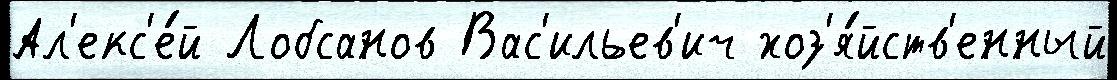
Ал'екс'е́й Лобсанов Вас'ильев'ич хоз'я́йств'енный